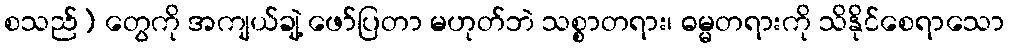
စသည်) တွေကို အကျယ်ချဲ့ ဖော်ပြတာ မဟုတ်ဘဲ သစ္စာတရား၊ ဓမ္မတရားကို သိနိုင်စေရာသော